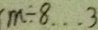
m \div 8 \cdots 3